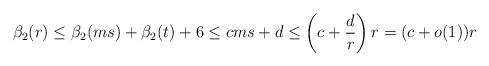
LaTeX: \begin{align*}\beta_2(r) \le \beta_2(ms)+\beta_2(t)+6 \le cms+d \le \left(c+\frac{d}{r}\right)r = (c+o(1))r\end{align*}